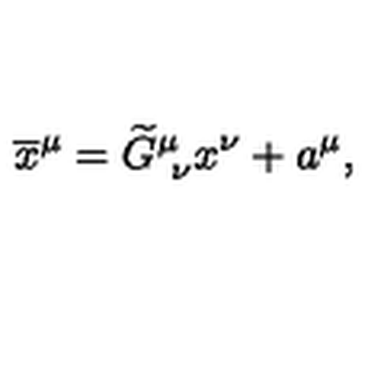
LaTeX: \overline { { x } } ^ { \mu } = \widetilde { G } _ { \ \nu } ^ { \mu } x ^ { \nu } + a ^ { \mu } ,